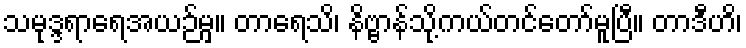
သမုဒ္ဒရာရေအယဉ်မှ။ တာရေသိ၊ နိဗ္ဗာန်သို့ကယ်တင်တော်မူပြီ။ တာဒီဟိ၊